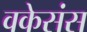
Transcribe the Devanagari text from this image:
वकेसंस